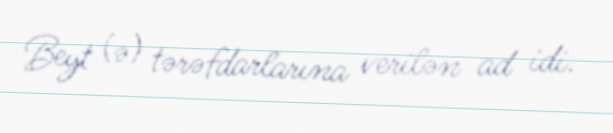
Beyt (ə) tərəfdarlarına verilən ad idi.